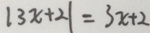
\vert 3 x + 2 \vert = 3 x + 2